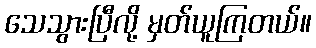
သေသွားပြီလို့ မှတ်ယူကြတယ်။